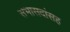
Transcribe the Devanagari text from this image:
सभासदांसह